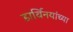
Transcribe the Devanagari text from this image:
डार्विनयांच्या